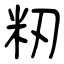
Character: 籾